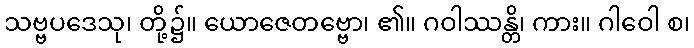
သဗ္ဗပဒေသု၊ တို့၌။ ယောဇေတဗ္ဗော၊ ၏။ ဂဝါဿန္တိ၊ ကား။ ဂါဝေါ စ၊